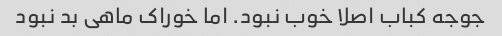
جوجه کباب اصلا خوب نبود. اما خوراک ماهی بد نبود